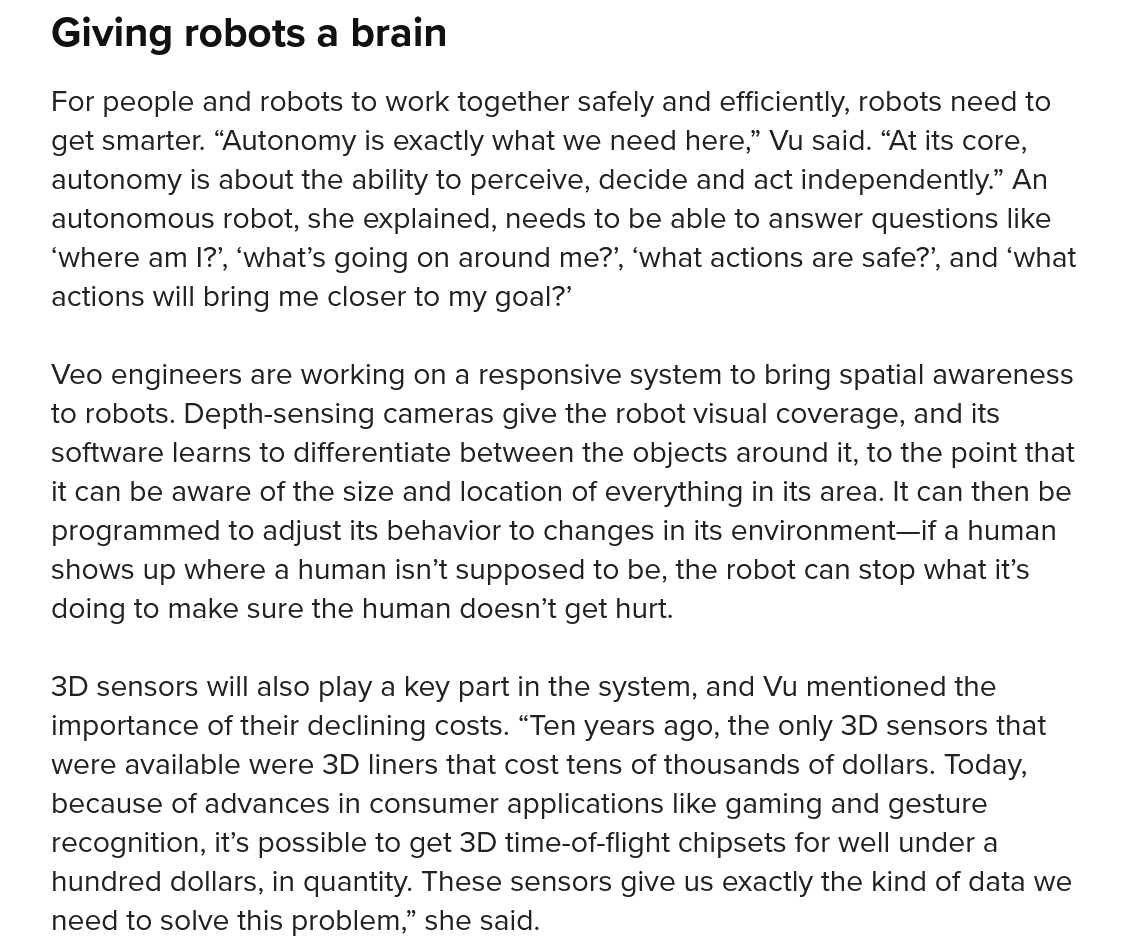
Giving   robots   a brain
    For people and robots to work together safely and efficiently, robots need to
    get smarter. “Autonomy is exactly what we need here,” Vu said. “At its core,
    autonomy is about the ability to perceive, decide and act independently.” An
    autonomous robot, she explained, needs to be able to answer questions like
    ‘where am I?’, ‘what’s going on around me?’, ‘what actions are safe?’, and ‘what
    actions will bring me closer to my goal?’
    Veo engineers are working on a responsive system to bring spatial awareness
    to robots. Depth-sensing cameras give the robot visual coverage, and its
    software learns to differentiate between the objects around it, to the point that
    it can be aware of the size and location of everything in its area. It can then be
    programmed to adjust its behavior to changes in its environment—if a human
    shows up where a human isn’t supposed to be, the robot can stop what it’s
    doing to make sure the human doesn’t get hurt.
    3D sensors will also play a key part in the system, and Vu mentioned the
    importance of their declining costs. “Ten years ago, the only 3D sensors that
    were available were 3D liners that cost tens of thousands of dollars. Today,
    because of advances in consumer applications like gaming and gesture
    recognition, it’s possible to get 3D time-of-flight chipsets for well under a
    hundred dollars, in quantity. These sensors give us exactly the kind of data we
    need to solve this problem,” she said.